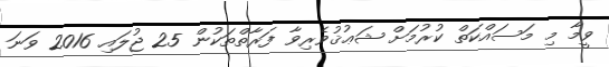
ވީމާ މި މަސައްކަތް ކުރުމަށް ޝަޢުޤުވެރިވާ ފަރާތްތަކުން 25 ޖުލައި 2016 ވަނަ